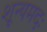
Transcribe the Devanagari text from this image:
शून्यमदः